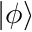
| \phi \rangle